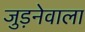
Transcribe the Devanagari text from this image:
जुड़नेवाला